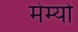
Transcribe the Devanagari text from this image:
मेम्यो